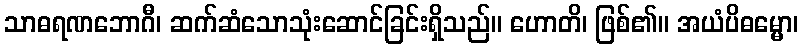
သာဓရဏဘောဂီ၊ ဆက်ဆံသောသုံးဆောင်ခြင်းရှိသည်။ ဟောတိ၊ ဖြစ်၏။ အယံပိဓမ္မော၊